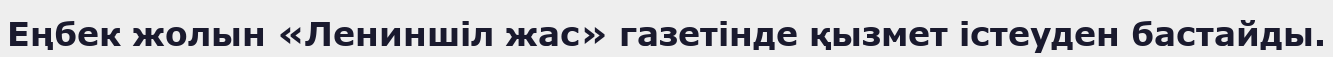
Еңбек жолын «Лениншіл жас» газетінде қызмет істеуден бастайды.